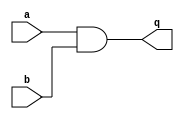
// This program was cloned from: https://github.com/Yvan-xy/verilog-doc
// License: GNU General Public License v2.0

module top_module (
    input a,
    input b,
    output q );//

    assign q = a&b; // Fix me

endmodule